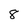
Character: 8